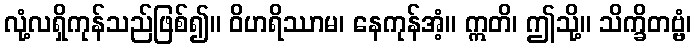
လုံ့လရှိကုန်သည်ဖြစ်၍။ ဝိဟရိဿာမ၊ နေကုန်အံ့။ ဣတိ၊ ဤသို့။ သိက္ခိတဗ္ဗံ၊